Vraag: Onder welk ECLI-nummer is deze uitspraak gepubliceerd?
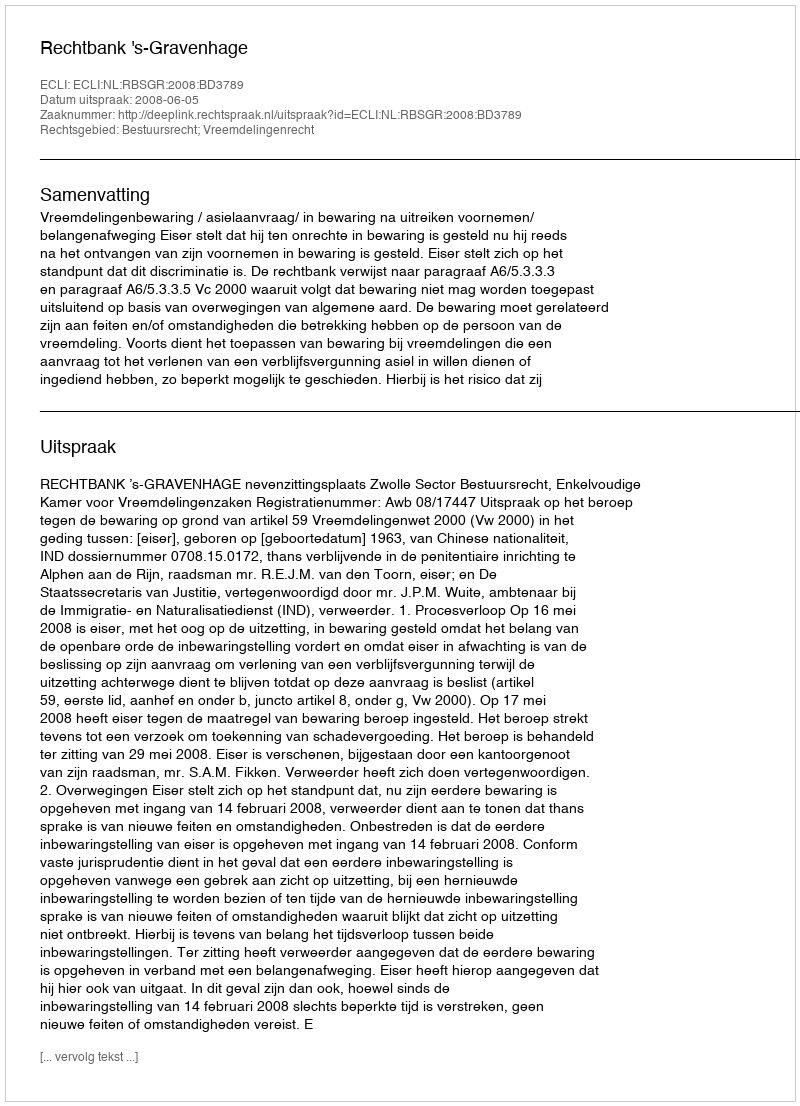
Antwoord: ECLI:NL:RBSGR:2008:BD3789